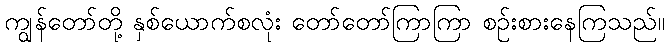
ကျွန်တော်တို့ နှစ်ယောက်စလုံး တော်တော်ကြာကြာ စဉ်းစားနေကြသည်။